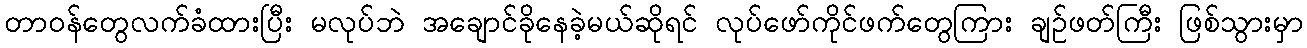
တာဝန်တွေလက်ခံထားပြီး မလုပ်ဘဲ အချောင်ခိုနေခဲ့မယ်ဆိုရင် လုပ်ဖော်ကိုင်ဖက်တွေကြား ချဉ်ဖတ်ကြီး ဖြစ်သွားမှာ